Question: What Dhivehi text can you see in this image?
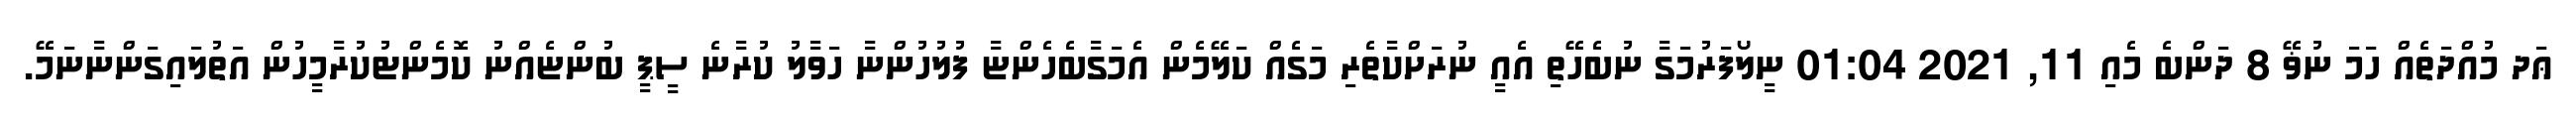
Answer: ޢަދ މުއްދަތެއް ހަމަ ނުޥޭ 8 ދަންބެ މެއި 11, 2021 01:04 ނީލޯފަރުމަގާ ނުބެހޭތި އެއީ ނުރަށްކާތެރި މަގެއް ކަލޭމެން އެމަގާބެހެންޏާ ފުލުހުންނާ ހަވާލު ކުރާނެ ސީޕީ ބުންޏެއްނު ކޮމެންޓުކުރާމީހުން އަތުލައިގަންނާނަމޭ.